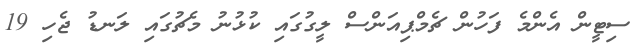
ސިޓީން އެންމެ ފަހުން ޗެމްޕިއަންސް ލީގުގައި ކުޅުނު މެޗުގައި ލަނޑު ޖެހި 19